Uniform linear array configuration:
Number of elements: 64
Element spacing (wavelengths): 0.75
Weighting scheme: hann
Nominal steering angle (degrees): -30
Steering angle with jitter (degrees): -30.128
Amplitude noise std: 0.05
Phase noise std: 0.05

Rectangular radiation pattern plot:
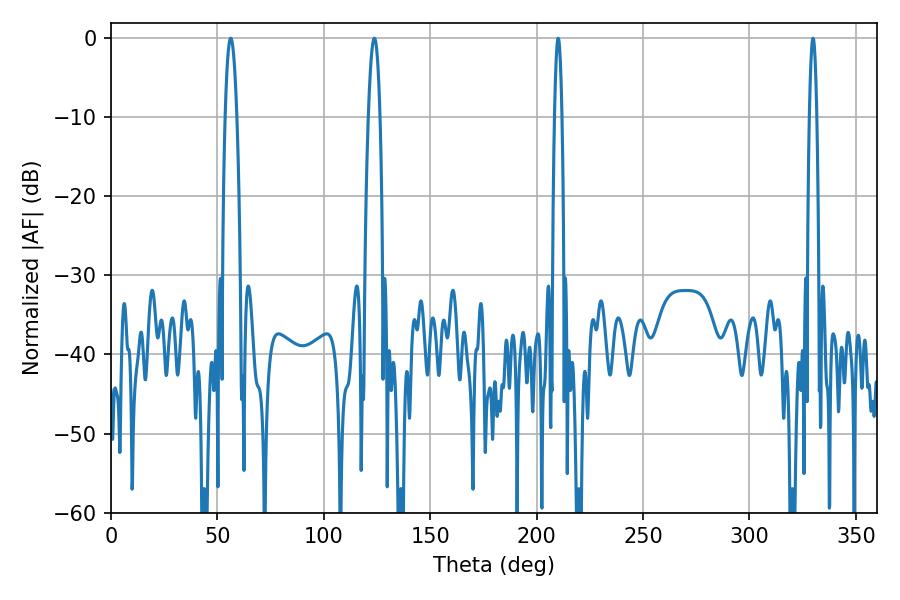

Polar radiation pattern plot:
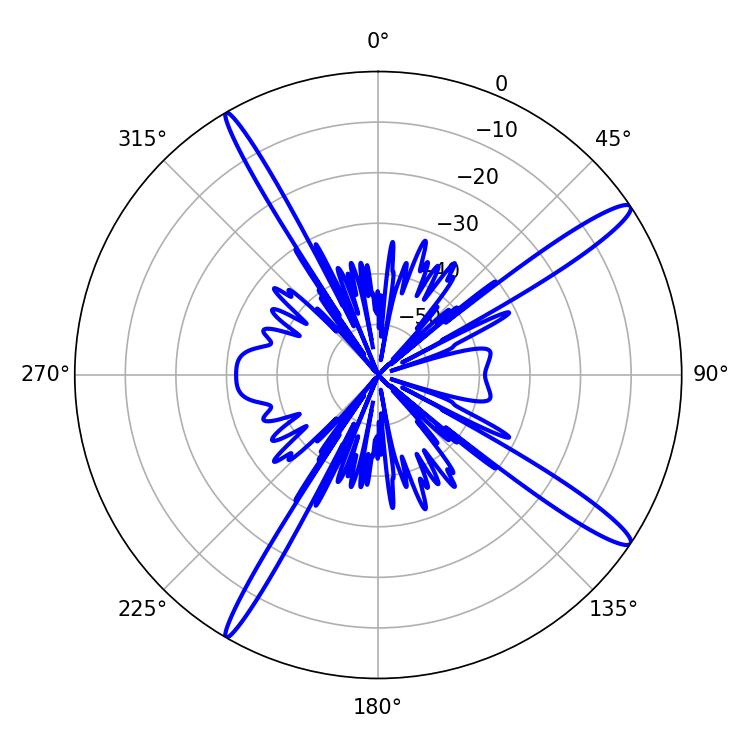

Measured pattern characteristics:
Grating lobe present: TRUE
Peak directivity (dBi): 15.33
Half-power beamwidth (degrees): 3.06
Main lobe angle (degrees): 123.66